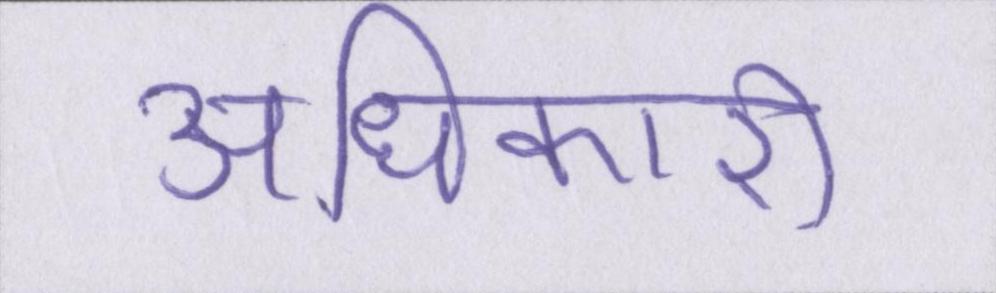
अधिकारी